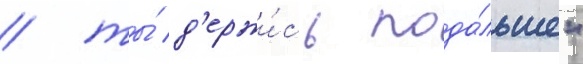
/ ты́ д'ержи́сь пода́льше"